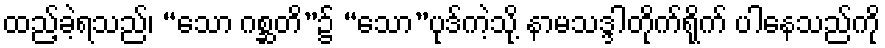
ထည့်ခဲ့ရသည်၊ “သော ဂစ္ဆတိ”၌ “သော”ပုဒ်ကဲ့သို့ နာမသဒ္ဒါတိုက်ရိုက် ပါနေသည်ကို